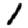
Digit: 1